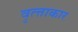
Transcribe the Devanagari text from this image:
वृत्त्ताकार